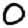
Digit: 0